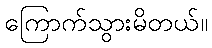
ကြောက်သွားမိတယ်။